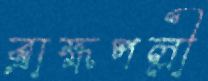
ব্রাহ্মপল্লী